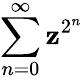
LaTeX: \sum_{n=0}^{\infty}\mathbf{z}^{2^{n}}